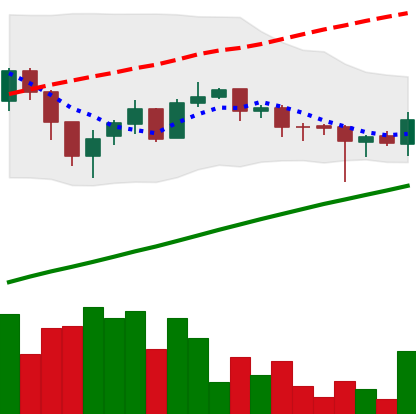
Ticker: LTC-USD
Chart end date: 2017-07-31
Forward return: 8.917%
Label: up_7plus